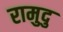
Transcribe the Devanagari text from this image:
रामुदु